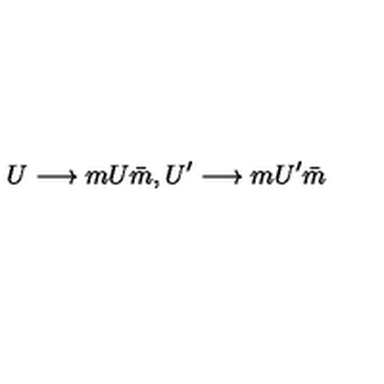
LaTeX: U \longrightarrow m U \bar { m } , U ^ { \prime } \longrightarrow m U ^ { \prime } \bar { m }